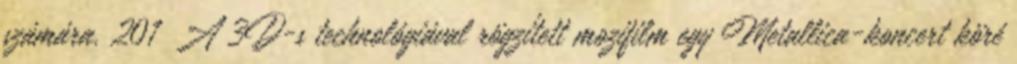
számára. 201 A 3D-s technológiával rögzített mozifilm egy Metallica-koncert köré